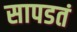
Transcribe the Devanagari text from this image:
सापडतं